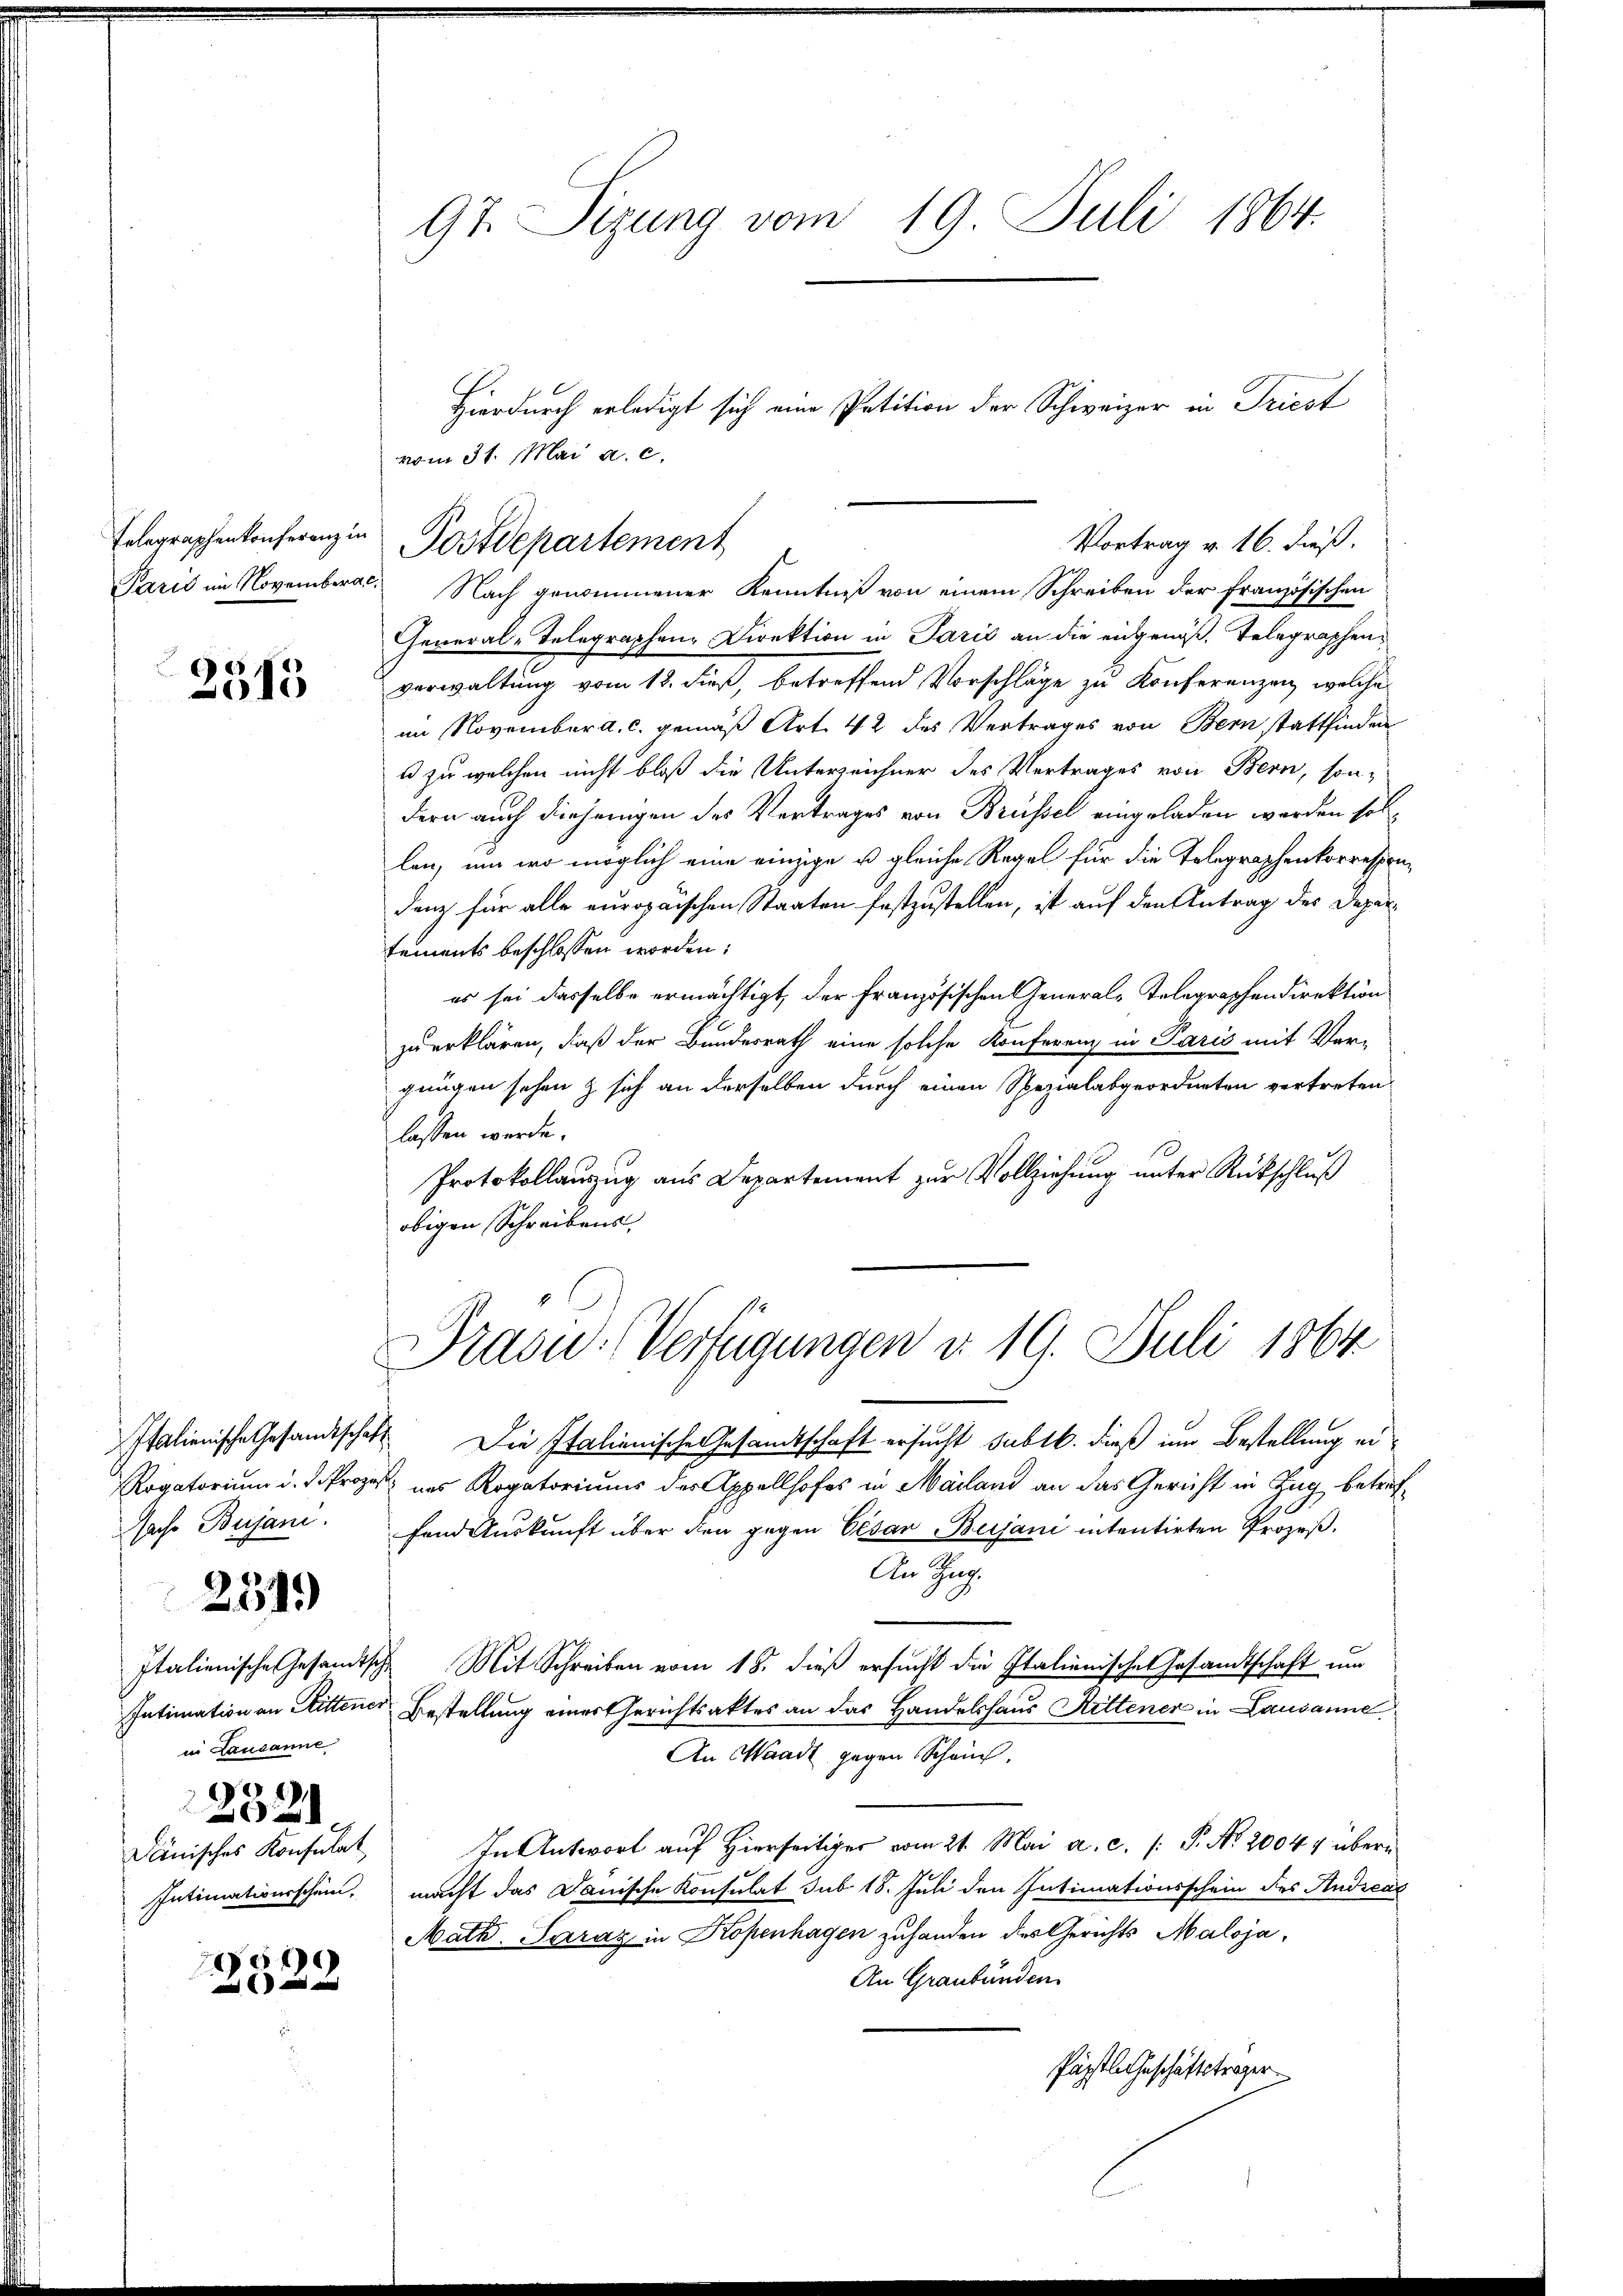
Felegraphenkonferenz in
Paris im Novemberg.

2
2513

Italienische Gesandtschaf¬
Rogatorium d. d. Proze
aso Bujani.

2519

Italienische Gesandtsch
Intimation an Rittener
in Lausanne
232
Dänisches Konsulat
Intimativerschein.

x

97. Sizung vom 19. Juli 1864.

Nach genommener Kenntniß von einem Schreiben der französischen
General-Telegraphen Direktion in Paris an die eingenoß, Telegraphenverwaltung vom 18. dieß, betreffend Vorschläge zu Konferenzen, welche
im November a. c. gemäß Art. 42 des Vertrages von Bern stattfinden
u zu welchen nicht bloß die Unterzeichner des Vertrages von Bern, son-
dern auch diejenigen des Vertrages von Brüssel eingeladen werden sollen, um wo möglich eine einzige u. gleiche Regel für die Telegraphenkorrespondanz für alle europaischen Staaten festzustellen, ist auf den Antrag des Departements beschlossen worden;
es sei dasselbe ermächtigt, der Französischen General-Telegraphendirektion
zu erklären, daß der Bundesrath eine solche Konferenz in Paris mit Ver-
gungen sehen & sich an derselben durch einen Spezialabgeordneten vertreten
lassen werde.
Protokollauszug aus Departement zur Vollziehung unter Rückschluß
obigen Schreibens

Hierdurch erledigt sich eine Petition der Schweizer in Triest
vom 31. Mai a. c.
Vortrag v. 16. dieß.
Postdepartement

Präsid.-Verfügungen d. 19. Juli 1864

Die Italienische Gesandtschaft ersucht sublb. dieß im Bestellung eiuns Rogatoriums der Appellhofes in Mailand an das Gericht in Zug betreffand Auskunft über den gegen Cesar Bujani intentirten Prozeß¬
An Tag.
 Mit Schreiben vom 18. dieß ersucht die Italienisches Gesandtschaft um
 Bestellung einer Gerichtsaktes an das Handelshaus Rittener in Lausanne
An Waadt gegen Schein.
In Antwort auf Hierseitiger vom 21. Mai a. c. /: P. Nr. 20044 übermacht das Danische Konsulat sub 18. Juli den Intimationsschein des Andreas
Math. Saraz in Kopenhagen zuhanden des Gerichts Maloja¬
An Graubünden
Päpstle Geschäftsträger